Virumaa_algkoolid, lk 51
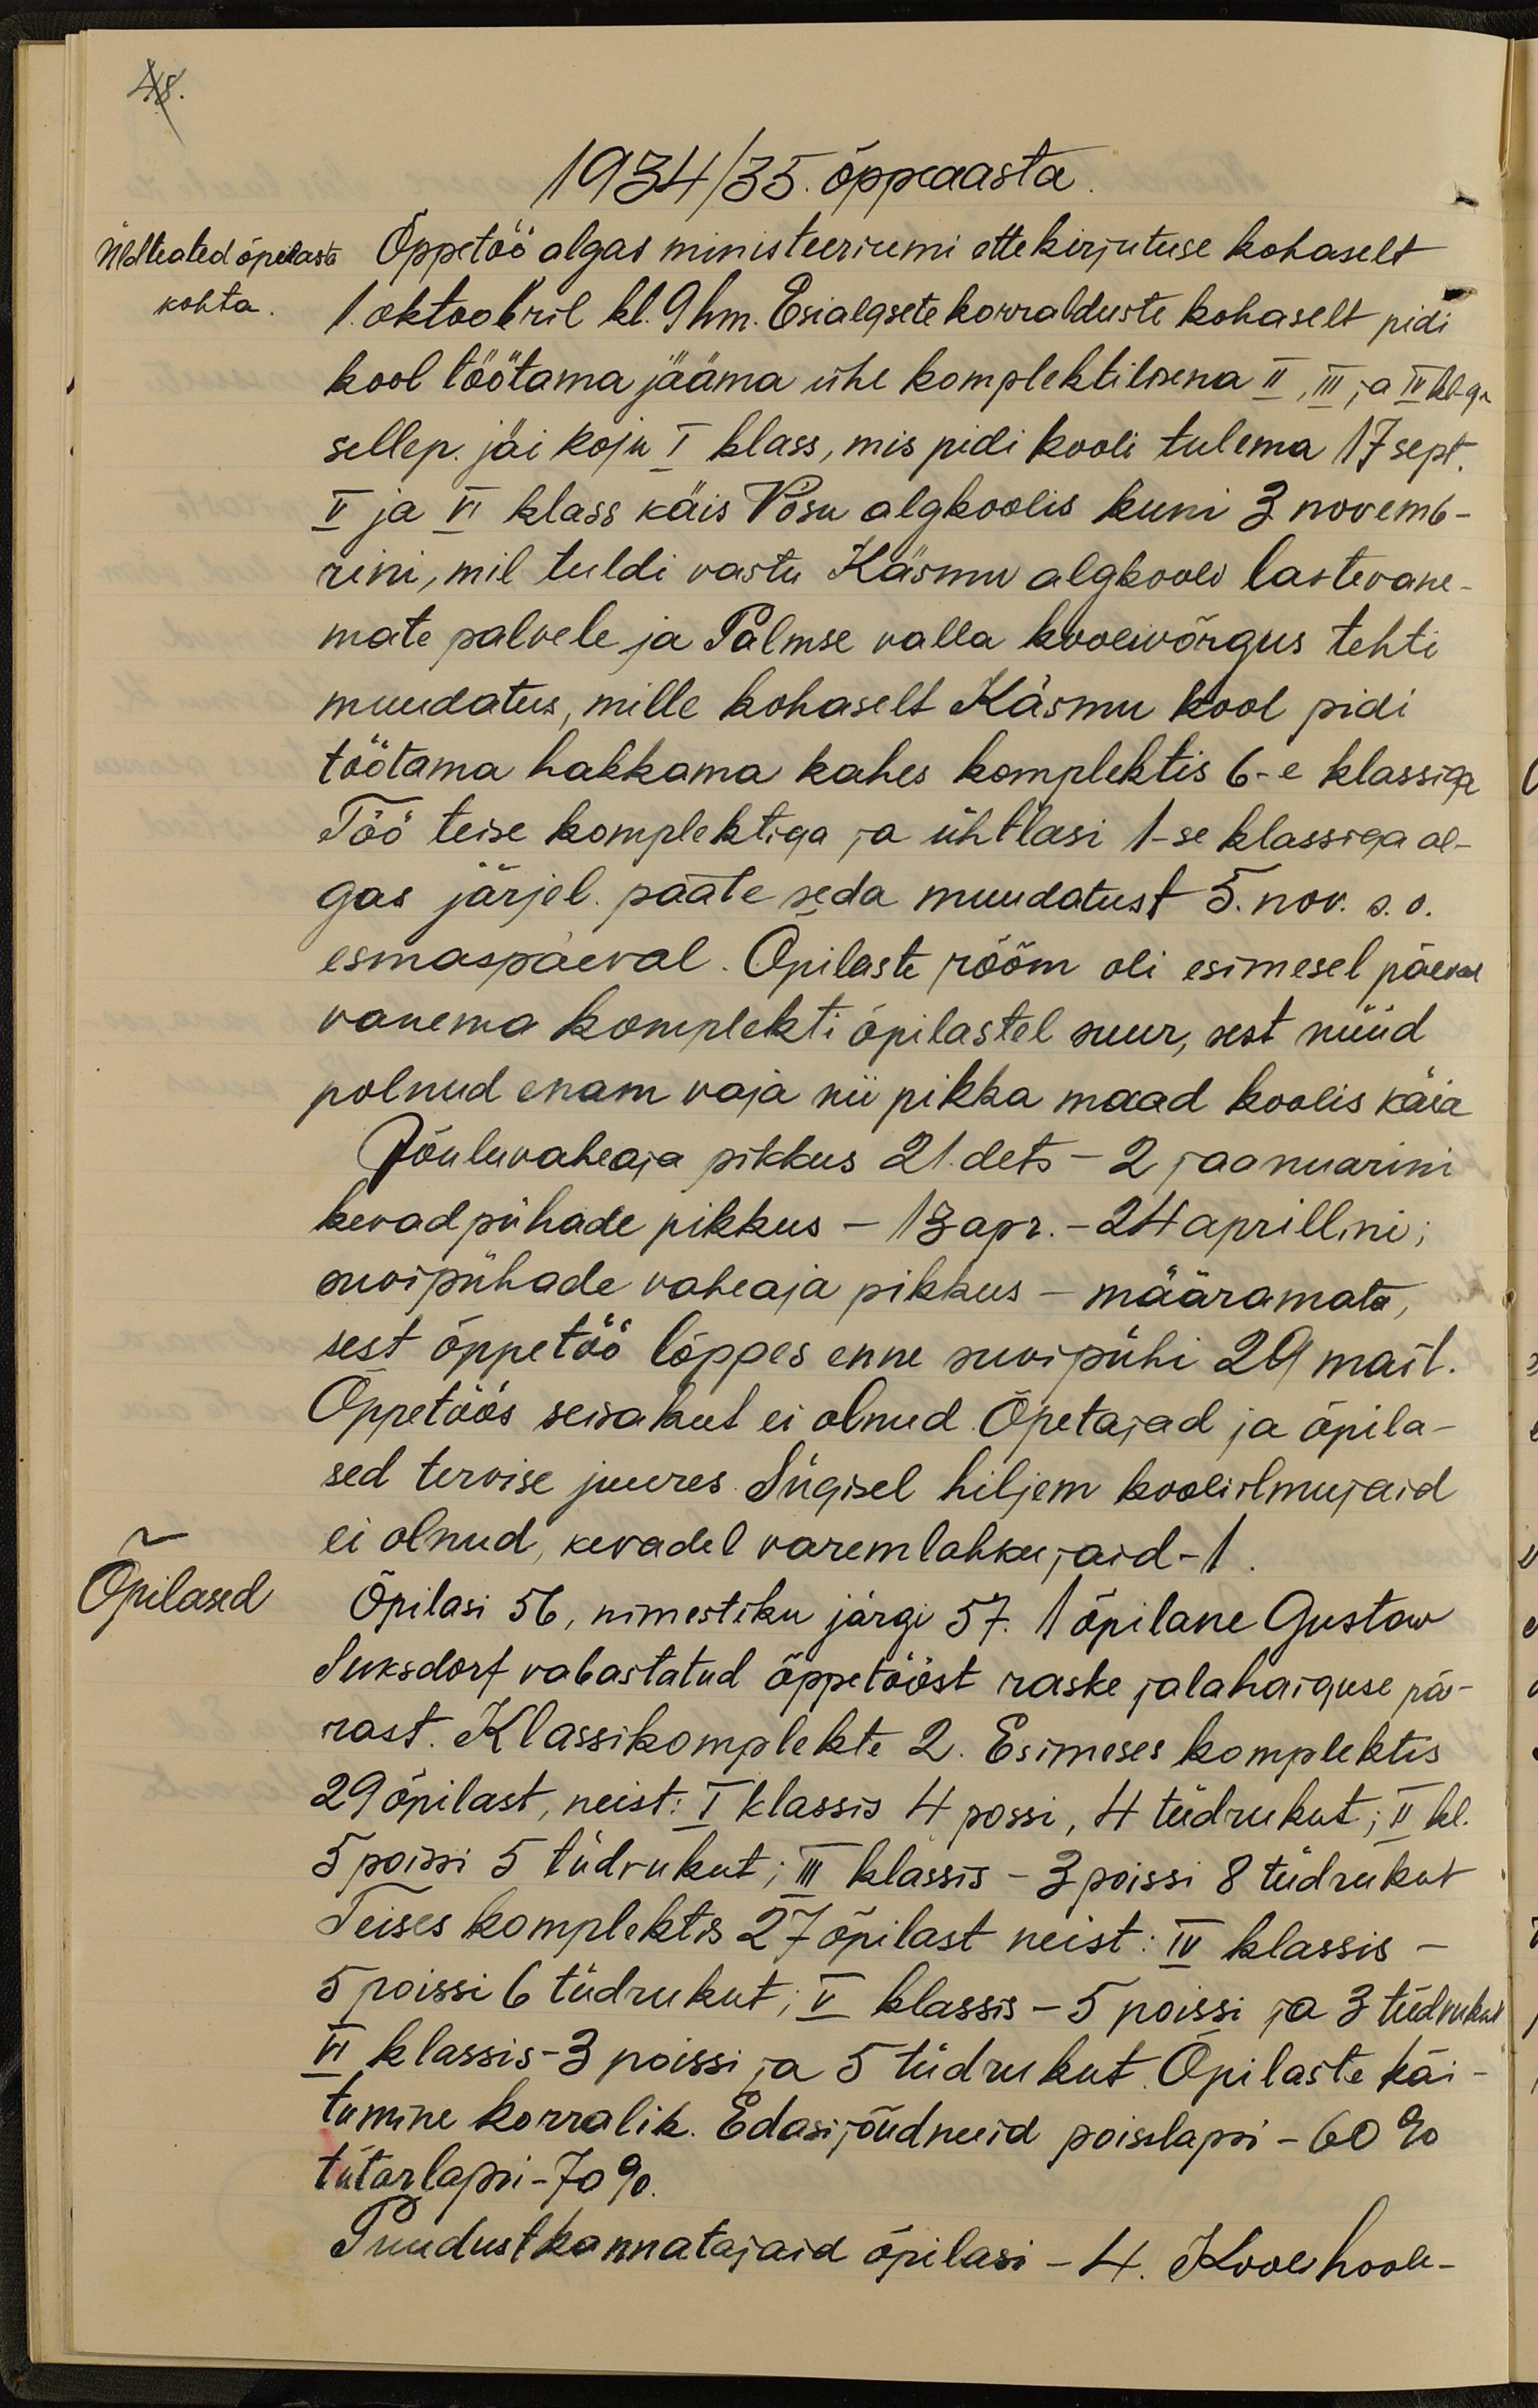
48.
1934/35 õppeaasta
Üldteated õpilaste
Õppetöö algas ministeeriumi ette kirjutuse kohaselt
kohta
1 oktoobril kl. 9 hm. Esialgsete korralduste kohaselt pidi
kool töötama jääma ühe komplektilisena II, III ja IV kl-ga
sellep. jäi koju I klass, mis pidi kooli tulema 17 sept.
V ja VI klass käis Võsu algkoolis kuni 3 novemb-
rini, mil tuldi vastu Käsmu algkooli lastevane-
mate palvele ja Palmse valla koolivõrgus tehti
muudatus, mille kohaselt Käsmu kool pidi
töötama hakkama kahes komplektis 6-e klassiga
Töö teise komplektiga ja ühtlasi 1-se klassiga al-
gas järjel. pääle seda muudatust 5. nov. s.o.
esmaspäeval. Õpilaste rõõm oli esimesel päeval
vanema komplekti õpilastel suur, sest nüüd
polnud enam vaja nii pikka maad koolis käia
Jõuluvaheaja pikkus 21. dets - 2 jaanuarini
kevad pühade pikkus - 13 apr. - 24 aprillini,
maipühade vaheaja pikkus - määramata,
sest õppetöö lõppes enne suvipühi 29 mail.
Õppetöös seisakut ei olnud. Õpetajad ja õpila-
sed tervise juures. Sügisel hiljem kooliilmujaid
ei olnud, kevadel varemlahkujaid - 1.
Õpilased
Õpilasi 56, nimestiku järgi 57. 1 õpilane Gustaw
Suksdorf vabastatud õppetööst raske jalahaiguse pä-
rast. Klassikomplekte 2. Esimeses komplektis
29 õpilast, neist: I klassis 4 poissi, 4 tüdrukut; II kl.
5 poissi 5 tüdrukut; III klassis - 3 poissi 8 tüdrukut
Teises komplekts 27 õpilast neist: IV klassis -
5 poissi 6 tüdrukut; V klassis - 5 poissi ja 3 tüdrukut
VI klassis 3 poissi ja 5 tüdrukut. Õpilaste käi-
tumine korralik. Edasi jõudnuid poisslapsi - 60 %
tütarlapsi - 70 %.
Puudust kannatajaid õpilasi - 4. Kooli hoole-